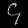
Digit: ၄